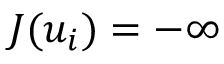
J ( u _ { i } ) = - \infty